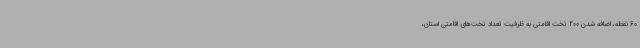
60 نقطه، اضافه شدن 200 تخت اقامتی به ظرفیت تعداد تخت‌های اقامتی استان،